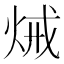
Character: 𤈪